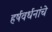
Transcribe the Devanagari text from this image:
हर्षवर्धनांचे